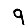
Digit: 9